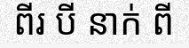
ពីរ បី នាក់ ពី